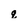
Character: q